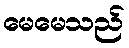
မေမေသည်